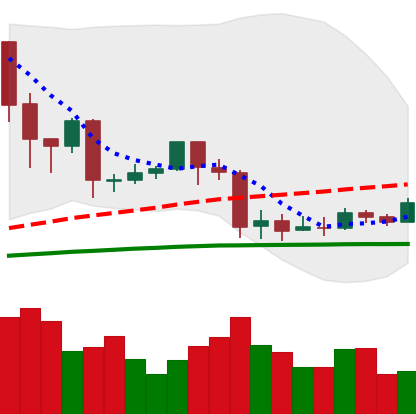
Ticker: EOS-USD
Chart end date: 2020-03-05
Forward return: -18.477%
Label: down_7plus